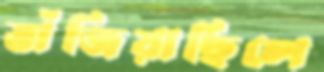
ভাঁজিয়াছিলে